Problem: 17 - 4 = ?
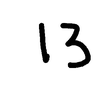
Handwritten answer: 13